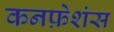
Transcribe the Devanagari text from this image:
कनफ़ेशंस